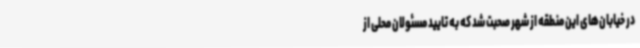
در خیابان‌های این منطقه از شهر صحبت شد که به تایید مسئولان محلی از